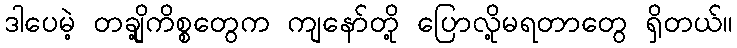
ဒါပေမဲ့ တချို့ကိစ္စတွေက ကျနော်တို့ ပြောလို့မရတာတွေ ရှိတယ်။